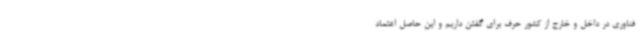
فناوری در داخل و خارج از کشور حرف برای گفتن داریم و این حاصل اعتماد